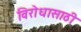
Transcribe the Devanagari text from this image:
विरोधासाठी